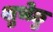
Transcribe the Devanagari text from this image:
शुभेछु